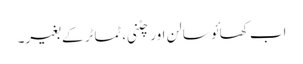
اب کھائو سالن اور چٹنی، ٹماٹر کے بغیر۔